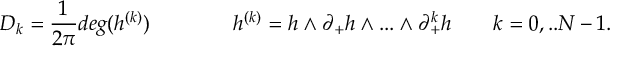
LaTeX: { \cal D } _ { k } = \frac { 1 } { 2 \pi } d e g ( h ^ { ( k ) } ) \qquad \qquad h ^ { ( k ) } = h \wedge \partial _ { + } h \wedge . . . \wedge \partial _ { + } ^ { k } h \qquad k = 0 , . . N - 1 .